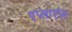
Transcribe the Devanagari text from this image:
एप्लाएंस